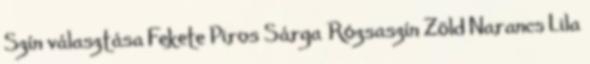
Szín választása Fekete Piros Sárga Rózsaszín Zöld Narancs Lila